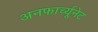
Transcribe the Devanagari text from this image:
अनफार्च्यूनेट